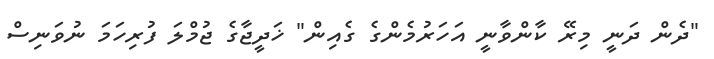
"ދެން ދަނީ މިރޭ ކާންވާނީ އަހަރުމެންގެ ގެއިން" ޚަދީޖާގެ ޖުމްލަ ފުރިހަމަ ނުވަނިސް